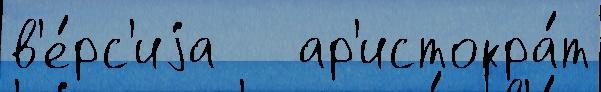
в'е́рс'иjа   ар'истокра́т